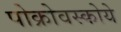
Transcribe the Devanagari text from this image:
पोक्रोवस्कोये